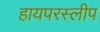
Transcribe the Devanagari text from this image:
हायपरस्लीप